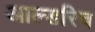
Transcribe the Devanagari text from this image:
आल्डरिच